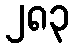
၂၈၃